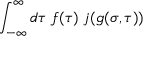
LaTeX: \int _ { - \infty } ^ { \infty } d \tau \; f ( \tau ) \; j ( g ( \sigma , \tau ) )